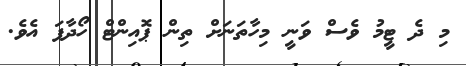
މި ދެ ޓީމު ވެސް ވަނީ މިހާތަނަށް ތިން ޕޮއިންޓް ހޯދާފަ އެެވެ.